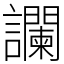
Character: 讕